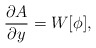
\begin{align*}\frac{\partial A}{\partial y} = W[\phi] ,\end{align*}